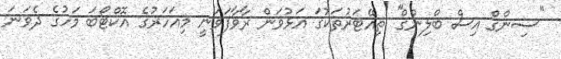
''ސިންގް އިސް ބްލިންގް'' ތިއޭޓަރުތަކުގަ އަޅުވަން ރާވާފަވަނީ މިއަހަރުގެ އޮކްޓޯބަ މަހުގެ ދެވަނަ